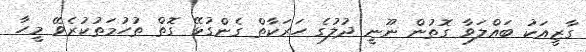
ގާޒީއަކު ބައްލަވާ ގޮތުން ނޫނީ ދުލުގެ ހަރަކާތް ގެންގުޅޭ ގޮތް ތުހުމަތުކުރެވޭ މީހާ